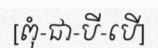
[ពុំ-ជា-បី-បើ]